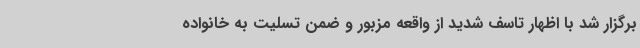
برگزار شد با اظهار تاسف شدید از واقعه مزبور و ضمن تسلیت به خانواده